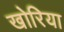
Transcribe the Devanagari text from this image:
खोरिया